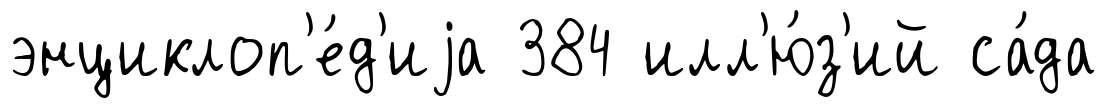
энциклоп'е́д'иjа 384 илл'ю́з'ий са́да